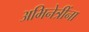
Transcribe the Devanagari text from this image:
अभिनेत्रींना